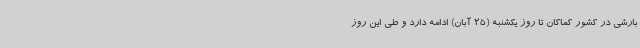
بارشی در کشور کماکان تا روز یکشنبه (25 آبان) ادامه دارد و طی این روز